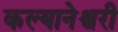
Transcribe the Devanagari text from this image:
कल्यानेश्वरी